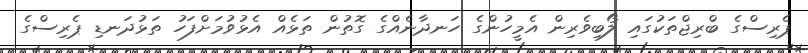
ޕެރިސްގެ ބްރިޖްތަކުގައި ލޯބިވެރިން އެމީހުންގެ ހަނދާނެއްގެ ގޮތުން ތަޅެއް އެޅުވުމަށްފަހު ތަޅުދަނޑި ޕެރިސްގެ